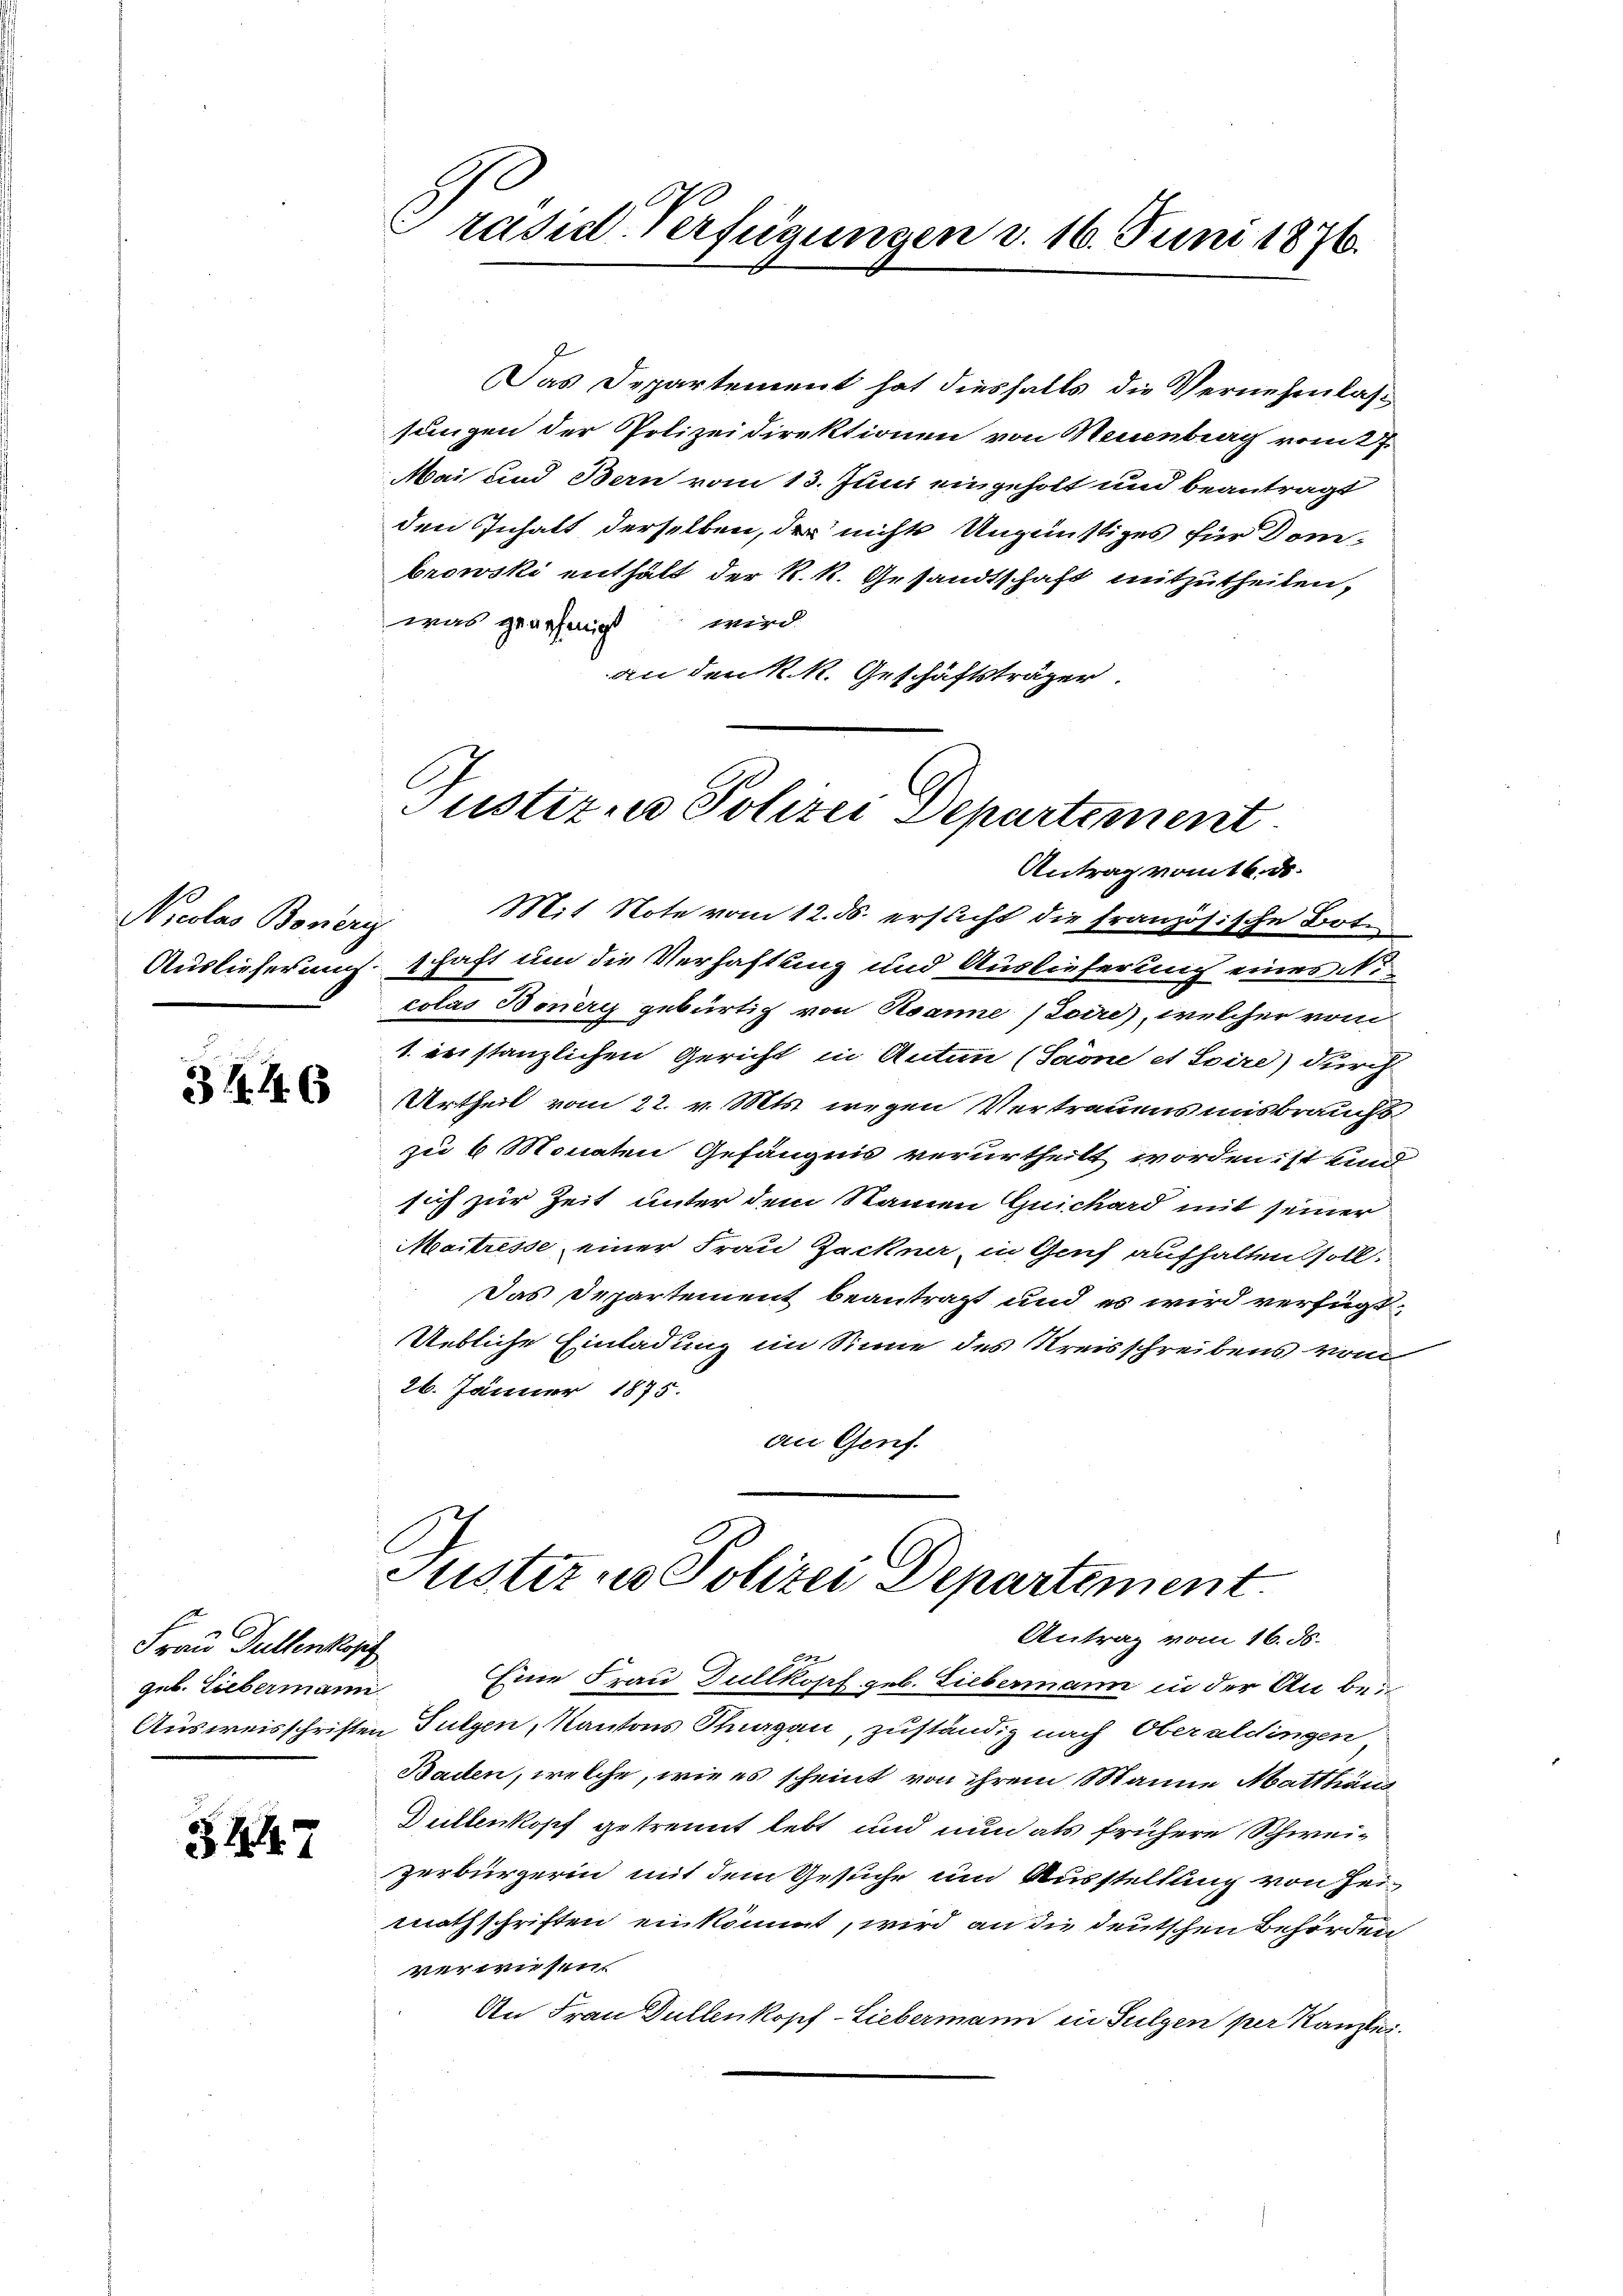
Nicolas Bonerz

3446

Frau Pullenkopf
geb. Liebermann

3447

Präsid. Verfügungen d. 16. Juni 1876.

J
Das Departement hat diesfalls die Vernehmlassungen der Polizeidirektionen von Neuenburg vom 7.
Mai und Bern vom 13. Juni eingeholt und beantragt
den Inhalt derselben, der nichts Ungünstiges für Dom-
browski enthält der k. k. Gesandtschaft mitzutheilen,
was genehmigt wird
an den R. R. Geschäftsträger
Justiz in Polizei Departement

Antrag vom 16. ds.

e

Mit Note vom 12. ds. ersucht die französische Bote
Auslieferung schaft um die Verhaftling und Auslieferung einer i
colas Bonery gebürtig von Roane (Zoire, welcher vom
1. erstanzlichen Gericht in Anton (Soone et Soire) durch
Urtheil vom 22. v. Mts. wegen Vertrauensmisbrauchs
zu 6 Monaten Gefängnis verurtheilt worden ist und
sich zur Zeit unter dem Namen Quichard mit seiner
Maitresse einer Frau Zackner, in Genf aufhalten soll.
Das Departement beantragt und es wird verfügt:
Uebliche Einladung im Sinne des Kreisschreibens vom
26. Jänner 1875.
an Genf.
Tuster u. Polizei Departement.
Antrag vom 16. ds.
Eine Frau Dullkopf geb. Liebermann in der Anbe¬
Ausweisschriften Fulgen, Kantons Thurgau, zuständig nach Oberaldingen
Baden, welche, wie es scheint von ihrem Manne Matthar
Dullenkopf getrennt lebt und nun als frühere Schweizerbürgerin mit dem Gesuche um Ausstellung von Hei-
mathschriften einkömmt, wird an die deutschen Behörden
verwiesen.
An Frau Dullenkopf-Liebermann in Sulgen per Kanzlei.